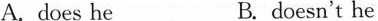
A. does he B. doesn't he